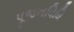
પૂજનવિધિ